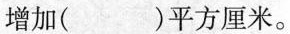
增加( )平方厘米。